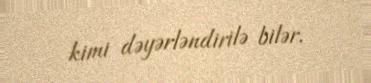
kimi dəyərləndirilə bilər.